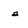
Character: e